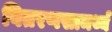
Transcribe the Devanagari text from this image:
वितरणसामर्थ्य